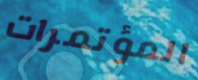
المؤتمرات